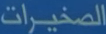
الصخيرات